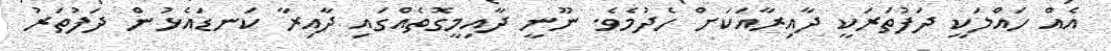
އެއް ހައްލަކީ ދަފުތަރަކީ ދާއިރާއަކަށް ހެދުމެވެ. ނޫނީ ދާއިމީގޮތެއްގައި ދާއިރާ ކަނޑައެޅުން ދަފުތަރު